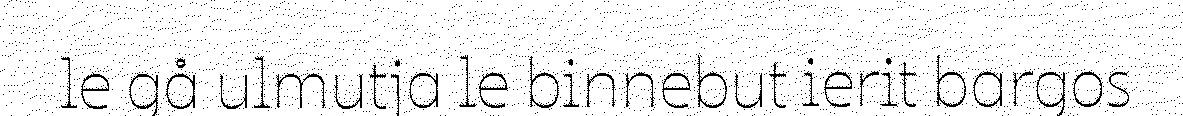
le gå ulmutja le binnebut ierit bargos